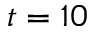
t = 1 0